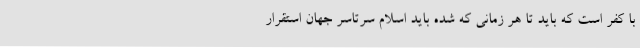
با کفر است که باید تا هر زمانی که شده باید اسلام سرتاسر جهان استقرار